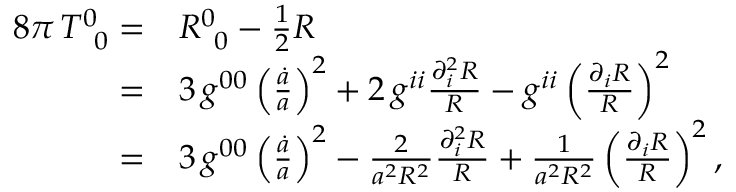
\begin{array} { r l } { 8 \pi \, T _ { \, \, \, 0 } ^ { 0 } = } & { R _ { \, \, \, 0 } ^ { 0 } - \frac { 1 } { 2 } R } \\ { = } & { 3 \, g ^ { 0 0 } \left( \frac { \dot { a } } { a } \right) ^ { 2 } + 2 \, g ^ { i i } \frac { \partial _ { i } ^ { 2 } R } { R } - g ^ { i i } \left( \frac { \partial _ { i } R } { R } \right) ^ { 2 } } \\ { = } & { 3 \, g ^ { 0 0 } \left( \frac { \dot { a } } { a } \right) ^ { 2 } - \frac { 2 } { a ^ { 2 } R ^ { 2 } } \frac { \partial _ { i } ^ { 2 } R } { R } + \frac { 1 } { a ^ { 2 } R ^ { 2 } } \left( \frac { \partial _ { i } R } { R } \right) ^ { 2 } , } \end{array}